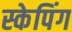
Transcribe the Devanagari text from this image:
स्केपिंग